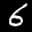
Label: 6